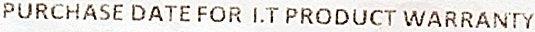
PURCHASE DATE FOR I.T PRODUCT WARRANTY